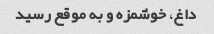
داغ، خوشمزه و به موقع رسید